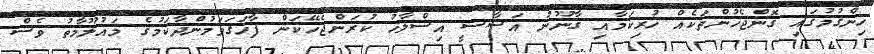
ހިންގުމުގައި ގޮންޖެހުންތަކެއް ހުރިކަމާއި ގާނޫނު އަސާސީ އިސްލާހު ކުރަންޖެހޭކަން ފާހަގަވަމުންދާކަމުގެ މައުލޫމާތު ވެސް